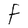
Character: F